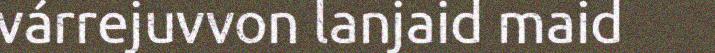
várrejuvvon lanjaid maid